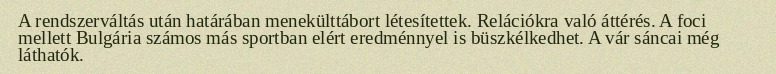
A rendszerváltás után határában menekülttábort létesítettek. Relációkra való áttérés. A foci mellett Bulgária számos más sportban elért eredménnyel is büszkélkedhet. A vár sáncai még láthatók.